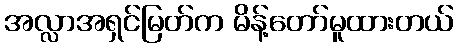
အလ္လာအရှင်မြတ်က မိန့်တော်မူထားတယ်